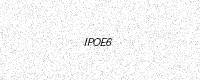
Text: IPOE6